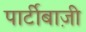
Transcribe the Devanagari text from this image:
पार्टीबाज़ी